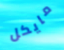
مايكل